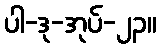
ပါ-ဒု-အုပ်-၂၃။